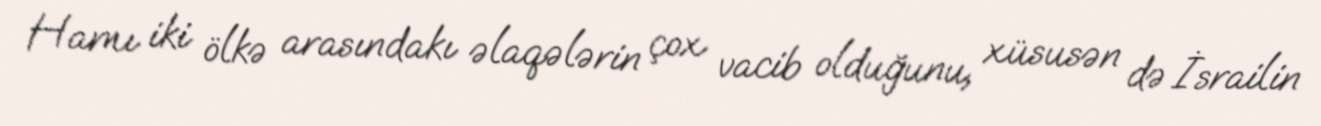
Hamı iki ölkə arasındakı əlaqələrin çox vacib olduğunu, xüsusən də İsrailin